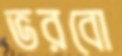
ভরবো